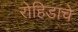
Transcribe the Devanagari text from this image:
रोहिडाचे